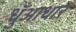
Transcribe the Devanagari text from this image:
धुँआधार